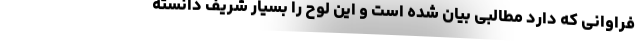
فراوانی که دارد مطالبی بیان شده است و این لوح را بسیار شریف دانسته